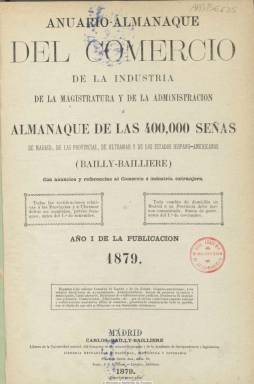
Título: Anuario-almanaque del comercio, de la industria, de la magistratura y de la administración
Otros títulos: Anuario almanaque del comercio, de la industria, de la magistratura y de la administración
Colección: Guías y directorios || Almanaques
Ámbito geográfico: Madrid
Lugar de publicación: Madrid
Fechas: 01/01/1879-31/12/1880

Publicación anual que comienza a editar en 1879 Carlos Bailly-Baillière, entonces librero de la Universidad Central, de Madrid, del Congreso de los Diputados y de la Academia de Jurisprudencia y Legislación, en el que se ofrece en torno -según señala- a 400.000 señas de las personas que integran la instituciones de las Administraciones Públicas (Casa Real y sus empleados, Cortes, ministerios, cuerpo diplomático, etc.) y de cualesquiera que tuviera un oficio o profesión (abogados, arquitectos, notarios, médicos, marmolistas, boteros, libreros, impresores, fotógrafos, carpinteros, etc.) o fuera propietario de un comercio, industria o fábrica, o ejerciera un servicio público, tanto de Madrid y resto de provincias, como de las posesiones españolas de Ultramar y de los Estados hispano-americanos.

Estructurado por provincias, partidos judiciales y localidades (en el caso de España, comienza por Madrid, y ofrece el listado por calles), colonias o estados, al comienzo de cada epígrafe ofrece una breve información general (número de habitantes, listado de sus parlamentarios, etc.). También da cuenta de centros culturales, casinos, periódicos o colegios.

Es una publicación al estilo de otras que se publican en Europa y, según su editor, sigue el mismo plan del francés Annuaire-almanach, de Diderot-Bottin. Llega a superar las dos mil páginas, incluye al principio un calendario y ofrece diversos índices alfabéticos por nombre de personas y de lugares (nomenclátor) y por profesiones, además del de los numerosos anunciantes (profesionales, industrias, comercios), cuya publicidad va inserta al final de cada volumen y está acompañada, en muchas ocasiones, de grabados de productos, maquinaria, objetos de consumo o de edificios de las empresas y fábricas. También da información de las tarifas arancelarias aduaneras o las de los transportes.

Para su confección cuenta con corresponsales en las capitales de provincia y en los diferentes países, y el editor compila también los extensísimos datos que le llegan por otras fuentes, como son las consulares, las de las autoridades de las propias Administraciones (secretarios de ayuntamientos) y los que les remiten los propios profesionales, comerciantes e industriales.

A partir de 1881, la publicación pierde la palabra “almanaque” y sigue publicándose hasta 1911, bajo la cabecera Anuario del comercio, de la industria, de la magistratura y de la administración. Véase también este título en esta Hemeroteca Digital de la Biblioteca Nacional de España.